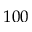
1 0 0